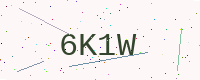
Text: 6K1W